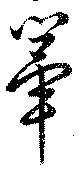
篳